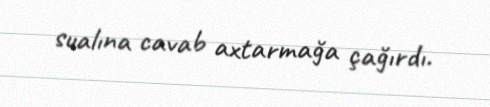
sualına cavab axtarmağa çağırdı.